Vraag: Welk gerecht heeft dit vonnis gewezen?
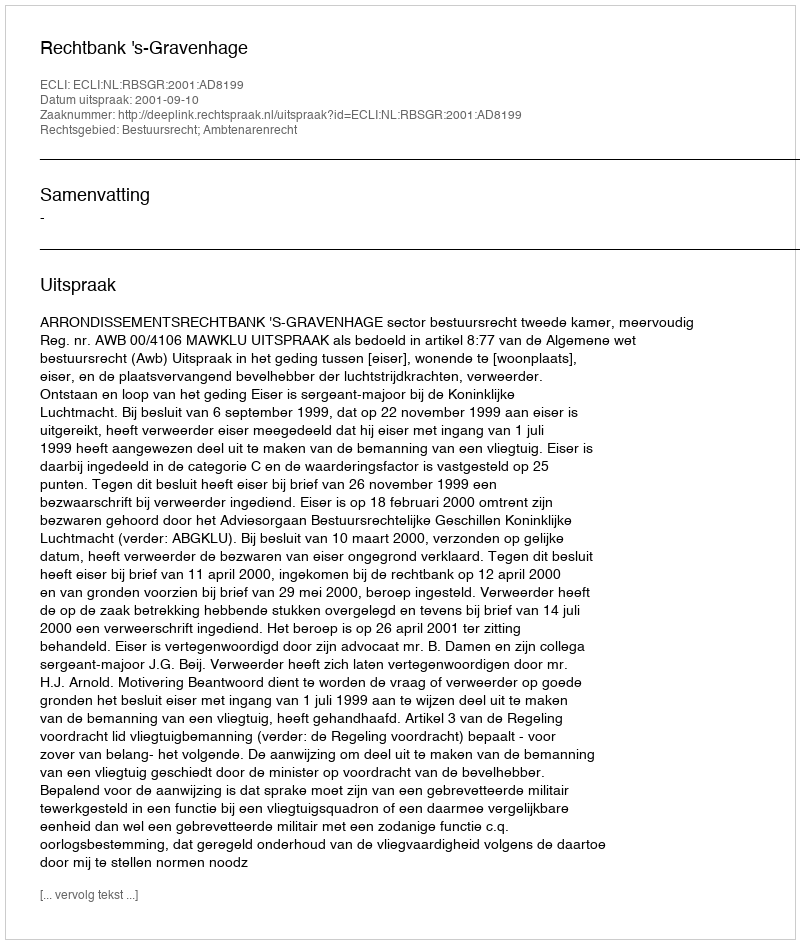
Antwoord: Rechtbank 's-Gravenhage